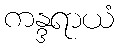
ကန္ဒရာယံ